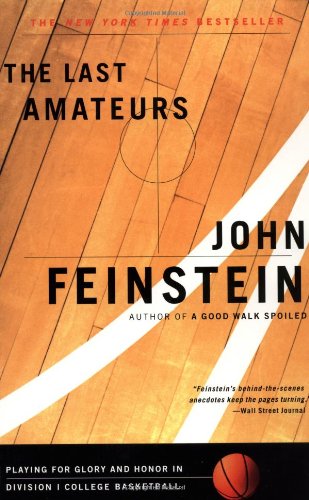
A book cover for The Last Amateurs: Playing for Glory and Honor in Division I College Basketball; John Feinstein; Sports & Outdoors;